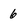
Character: 6